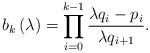
LaTeX: \begin{align*}b_k\left( \lambda \right)=\prod_{i=0}^{k-1} \frac{\lambda q_i-p_i}{\lambda q_{i+1}}.\end{align*}